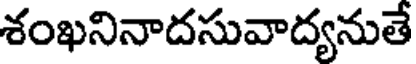
శంఖనినాదసువాద్యనుతే